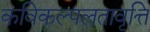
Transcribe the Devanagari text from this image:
कविकल्पलतावृत्ति